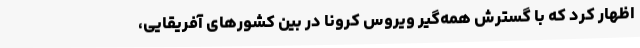
اظهار کرد که با گسترش همه‌گیر ویروس کرونا در بین کشورهای آفریقایی،